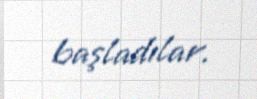
başladılar.